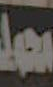
محمد